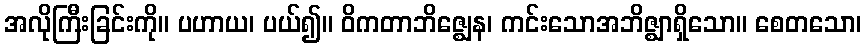
အလိုကြီးခြင်းကို။ ပဟာယ၊ ပယ်၍။ ဝိကတာဘိဇ္ဈေန၊ ကင်းသောအဘိဇ္ဈာရှိသော။ စေတသော၊